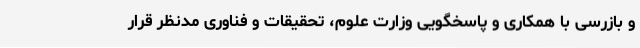
و بازرسی با همکاری و پاسخگویی وزارت علوم، تحقیقات و فناوری مدنظر قرار